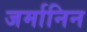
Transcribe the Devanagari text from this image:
जर्मानिन